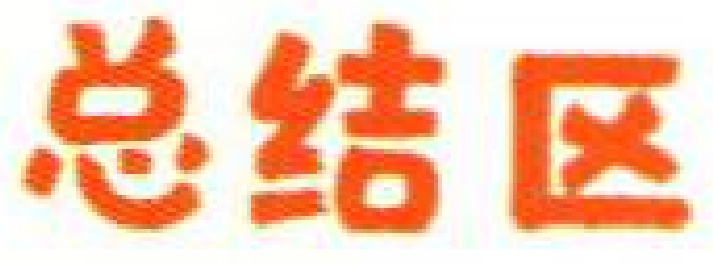
总结区